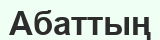
Абаттың